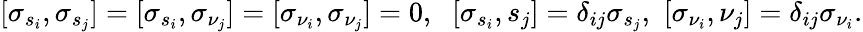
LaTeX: [\sigma_{s_{i}},\sigma_{s_{j}}]=[\sigma_{s_{i}},\sigma_{\nu_{j}}]=[\sigma_{\nu_{i}},\sigma_{\nu_{j}}]=0,\, \, \ [\sigma_{s_{i}},s_{j}]=\delta_{ij}\sigma_{s_{j}},\, \, [\sigma_{\nu_{i}},\nu_{j}]=\delta_{ij}\sigma_{\nu_{i}}.